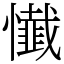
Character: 懴